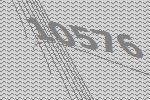
10576